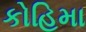
કોહિમા